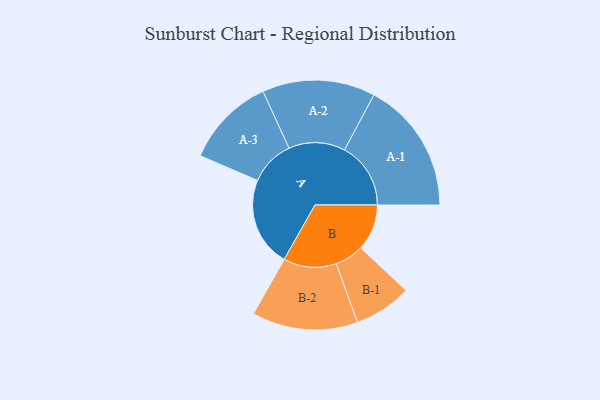
{"axis": {"x": "Segment", "y": "Value"}, "legend": ["", "A", "B"], "data": [{"x": "A", "y": 357, "type": ""}, {"x": "B", "y": 184, "type": ""}, {"x": "A-1", "y": 264, "type": "A"}, {"x": "A-2", "y": 225, "type": "A"}, {"x": "A-3", "y": 180, "type": "A"}, {"x": "B-1", "y": 115, "type": "B"}, {"x": "B-2", "y": 211, "type": "B"}]}